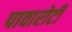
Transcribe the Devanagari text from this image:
पावारोटी